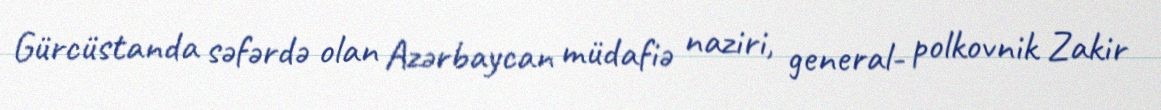
Gürcüstanda səfərdə olan Azərbaycan müdafiə naziri, general- polkovnik Zakir